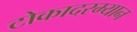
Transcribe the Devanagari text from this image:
टोकादरम्यान